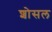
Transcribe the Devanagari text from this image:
शोसल